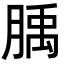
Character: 𦞇